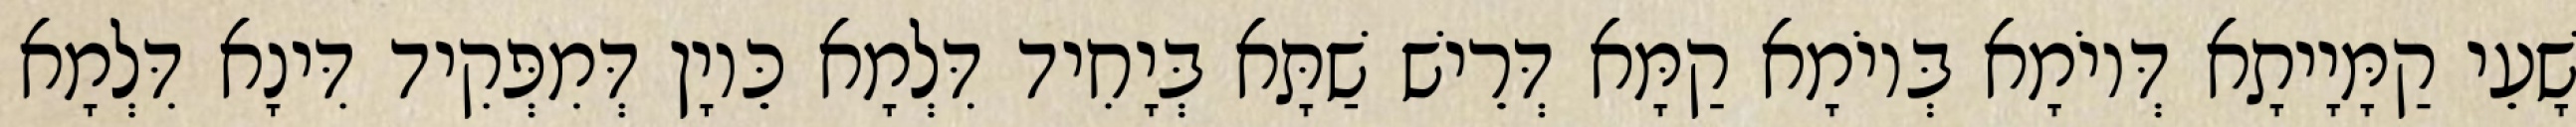
שָׁעֵי קַמָּיָיתָא דְּיוֹמָא בְּיוֹמָא קַמָּא דְּרֵישׁ שַׁתָּא בְּיָחִיד דִּלְמָא כֵּיוָן דְּמִפְּקִיד דִּינָא דִּלְמָא